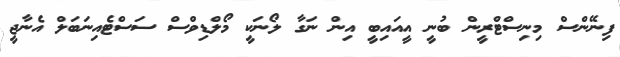
ފިނޭންސް މިނިސްޓްރީން ބުނީ އީއައިބީ އިން ނަގާ ލޯނަކީ މޯލްޑިވްސް ސަސްޓެއިނަބަލް އެނާޖީ